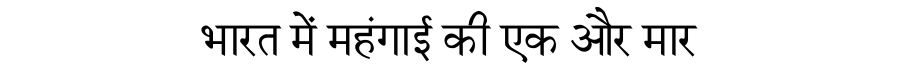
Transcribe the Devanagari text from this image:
भारत में महंगाई की एक और मार